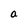
Character: a